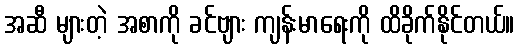
အဆီ များတဲ့ အစာကို ခင်ဗျား ကျန်းမာရေးကို ထိခိုက်နိုင်တယ်။